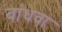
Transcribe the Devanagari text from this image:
बांधवा